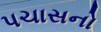
પચાસનો